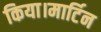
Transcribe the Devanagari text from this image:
किया।मार्टिन